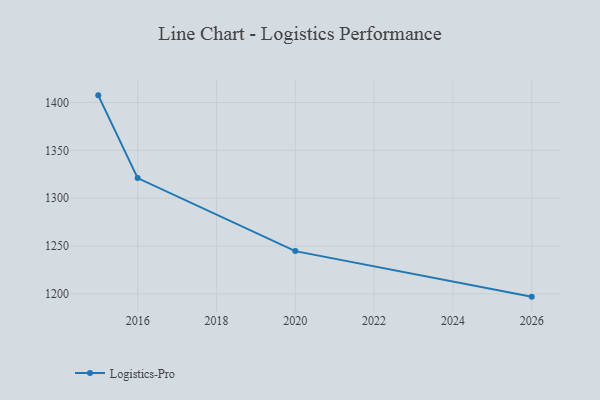
{"axis": {"x": "Year", "y": "Customer Acquisition Cost (USD)"}, "legend": ["Logistics-Pro"], "data": [{"x": "2026", "y": 1197.1, "type": "Logistics-Pro"}, {"x": "2020", "y": 1244.7, "type": "Logistics-Pro"}, {"x": "2016", "y": 1321.0, "type": "Logistics-Pro"}, {"x": "2015", "y": 1407.5, "type": "Logistics-Pro"}]}